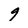
Character: 9